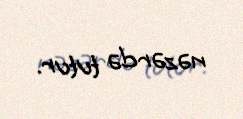
nəzərdə tutur.